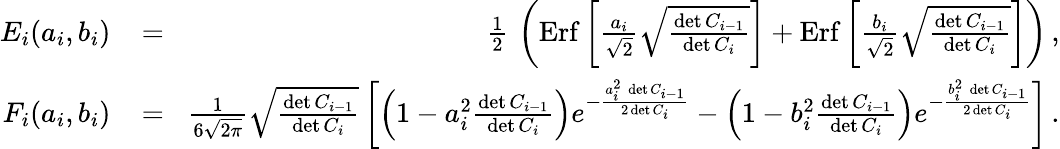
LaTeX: \begin{array}{rlr}{E_{i}(a_{i},b_{i})}&{{}\! =\! }&{{\frac{1}{2}}\, \left(\mathrm{Erf}\left[{\frac{a_{i}}{\sqrt 2}}\sqrt{\frac{\operatorname*{det}C_{i-1}}{\operatorname*{det}C_{i}}}\right]+\mathrm{Erf}\left[{\frac{b_{i}}{\sqrt 2}}\sqrt{\frac{\operatorname*{det}C_{i-1}}{\operatorname*{det}C_{i}}}\right]\right)\, ,}\\ {F_{i}(a_{i},b_{i})}&{{}\! =\! }&{{\frac{1}{6\sqrt{2\pi}}}\sqrt{\frac{\operatorname*{det}C_{i-1}}{\operatorname*{det}C_{i}}}\left[\left(1-a_{i}^{2}{\frac{\operatorname*{det}C_{i-1}}{\operatorname*{det}C_{i}}}\right)e^{-{\frac{a_{i}^{2}\, \operatorname*{det}C_{i-1}}{2\operatorname*{det}C_{i}}}}-\left(1-b_{i}^{2}{\frac{\operatorname*{det}C_{i-1}}{\operatorname*{det}C_{i}}}\right)e^{-{\frac{b_{i}^{2}\, \operatorname*{det}C_{i-1}}{2\operatorname*{det}C_{i}}}}\right]\, .}\end{array}